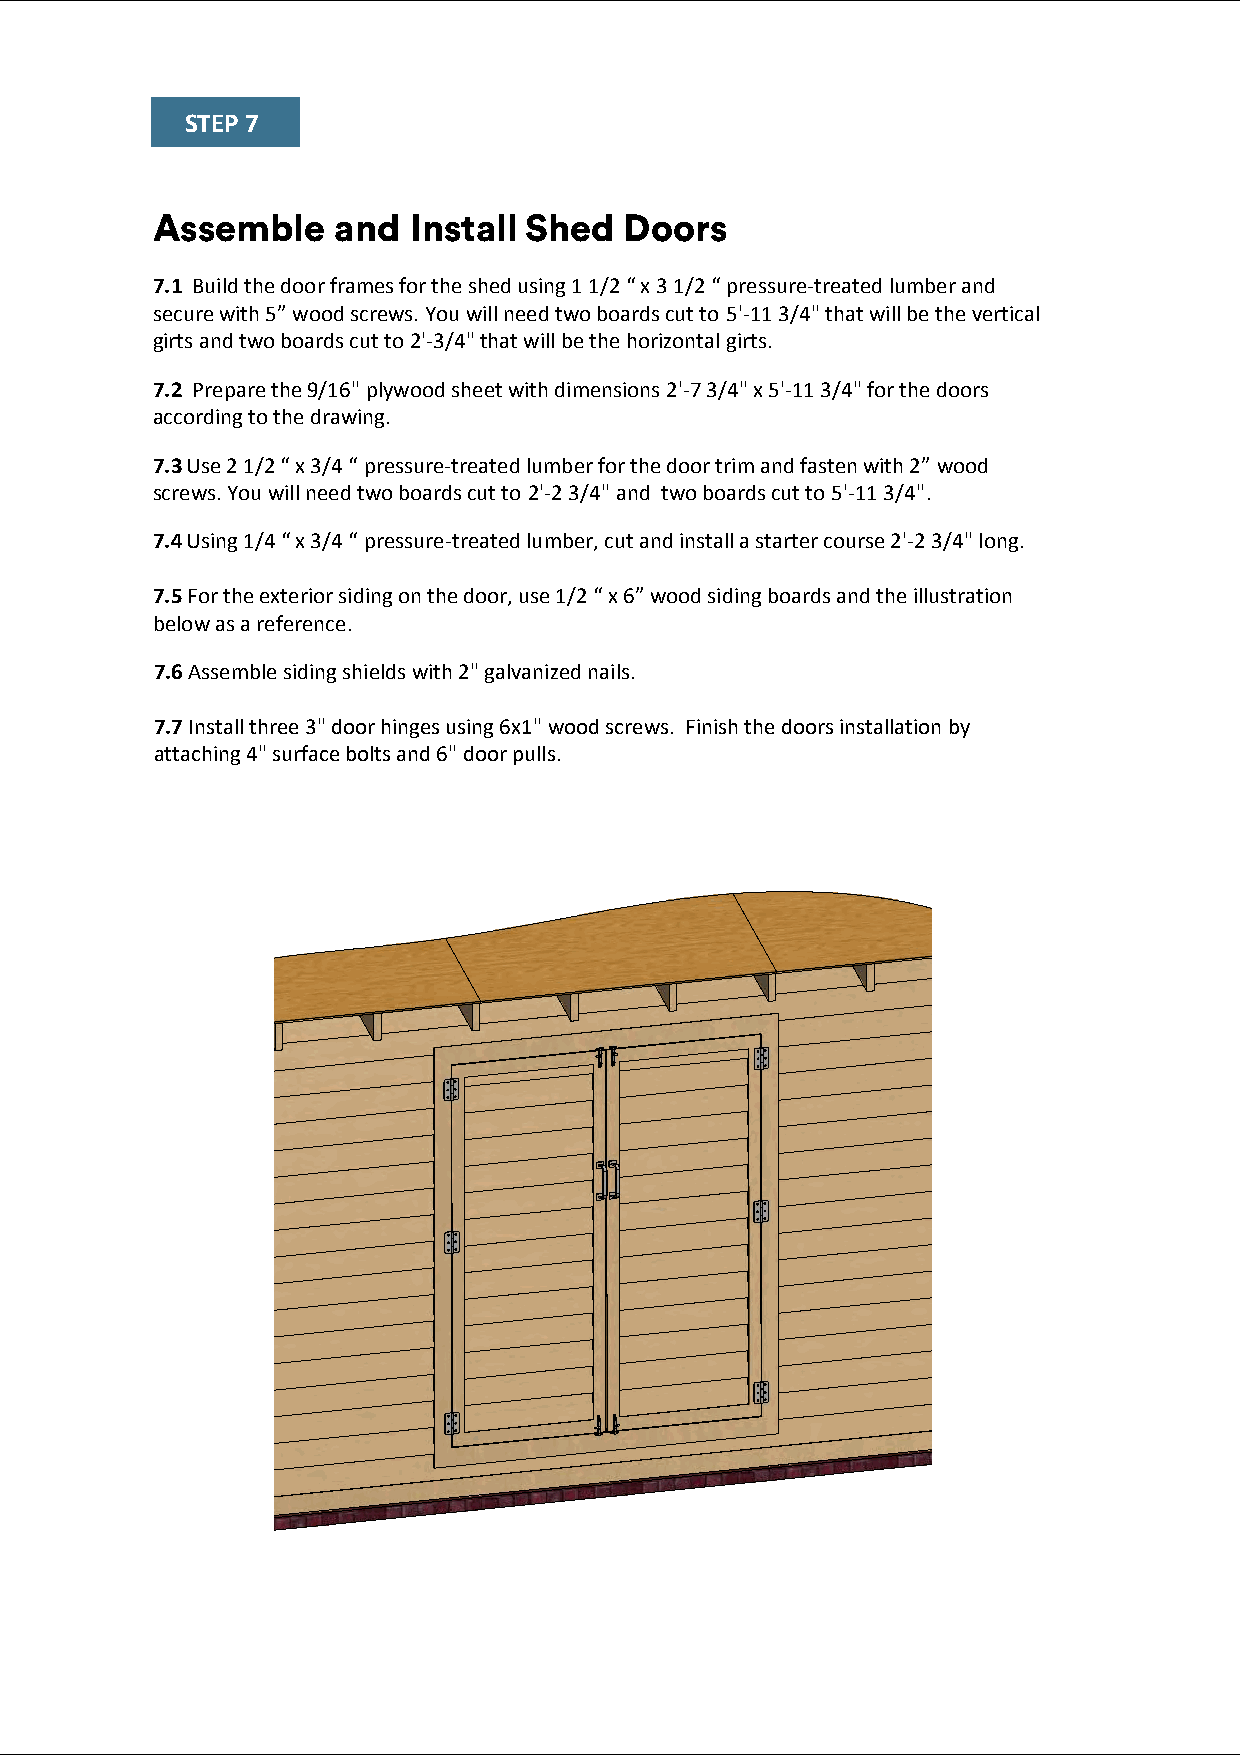
STEP 7
 Assemble    and  Install Shed  Doors
 7.1 Build the door frames for the shed using 1 1/2 “ x 3 1/2 “ pressure-treated lumber and
 secure with 5” wood screws. You will need two boards cut to 5'-11 3/4" that will be the vertical
 girts and two boards cut to 2'-3/4" that will be the horizontal girts.
 7.2 Prepare the 9/16" plywood sheet with dimensions 2'-7 3/4" x 5'-11 3/4" for the doors
 according to the drawing.
 7.3 Use 2 1/2 “ x 3/4 “ pressure-treated lumber for the door trim and fasten with 2” wood
 screws. You will need two boards cut to 2'-2 3/4" and two boards cut to 5'-11 3/4".
 7.4 Using 1/4 “ x 3/4 “ pressure-treated lumber, cut and install a starter course 2'-2 3/4" long.
 7.5 For the exterior siding on the door, use 1/2 “ x 6” wood siding boards and the illustration
 below as a reference.
 7.6 Assemble siding shields with 2" galvanized nails.
 7.7 Install three 3" door hinges using 6x1" wood screws. Finish the doors installation by
 attaching 4" surface bolts and 6" door pulls.